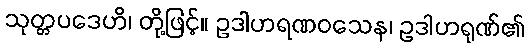
သုတ္တပဒေဟိ၊ တို့ဖြင့်။ ဥဒါဟရဏဝသေန၊ ဥဒါဟရုဏ်၏